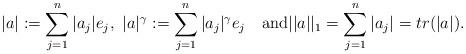
LaTeX: \begin{align*} |a|:=\sum_{j=1}^{n} |a_j|e_j,\,\,|a|^\gamma:=\sum_{j=1}^{n} |a_j|^\gamma e_j\quad\mbox{and}||a||_1=\sum_{j=1}^{n}|a_j|=tr(|a|).\end{align*}